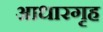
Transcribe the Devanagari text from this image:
आधारगृह